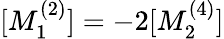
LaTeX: [M_{1}^{(2)}]=-2[M_{2}^{(4)}]